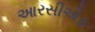
આરસીએફ